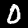
Digit: 0